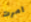
امرت